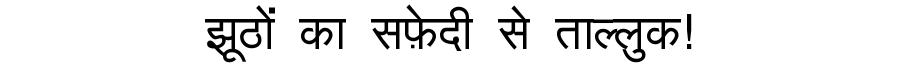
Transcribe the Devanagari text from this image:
झूठों का सफ़ेदी से ताल्लुक!